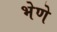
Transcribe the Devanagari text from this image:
भेणे